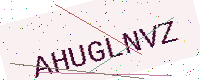
Text: AHUGLNVZ